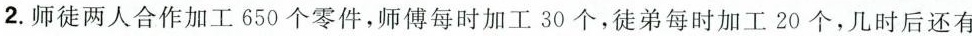
2.师徒两人合作加工650个零件，师傅每时加工30个，徒弟每时加工20个，几时后还有